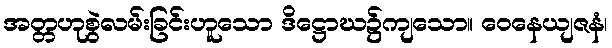
အတ္တဟုစွဲလမ်းခြင်းဟူသော ဒိဋ္ဌောဃ၌ကျသော။ ဝေနေယျဇနံ၊